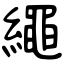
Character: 繩